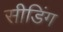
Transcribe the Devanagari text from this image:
सीडिंग